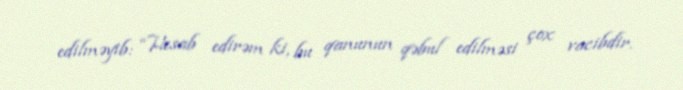
edilməyib: “Hesab edirəm ki, bu qanunun qəbul edilməsi çox vacibdir.